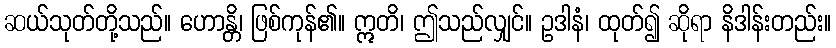
ဆယ်သုတ်တို့သည်။ ဟောန္တိ၊ ဖြစ်ကုန်၏။ ဣတိ၊ ဤသည်လျှင်။ ဥဒါနံ၊ ထုတ်၍ ဆိုရာ နိဒါန်းတည်း။